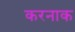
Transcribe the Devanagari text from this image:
करनाक